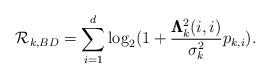
LaTeX: \begin{align*}\mathcal{R}_{k,BD} = \sum\limits_{i=1}^{d} \log _2 (1 + \frac{\pmb{\Lambda}_k^2(i,i)}{\sigma_k^2}p_{k,i}).\end{align*}